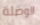
الوصلة